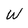
Character: W